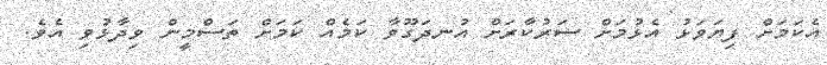
އެކަމަށް ފިޔަވަޅު އެޅުމަށް ސަރުކާރަށް އުނދަގޫވާ ކަމެއް ކަމަށް ތަސްމީން ވިދާޅުވި އެވެ.